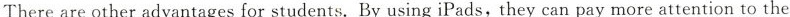
There are other advantages for students.By using iPads, they can pay more attention to the